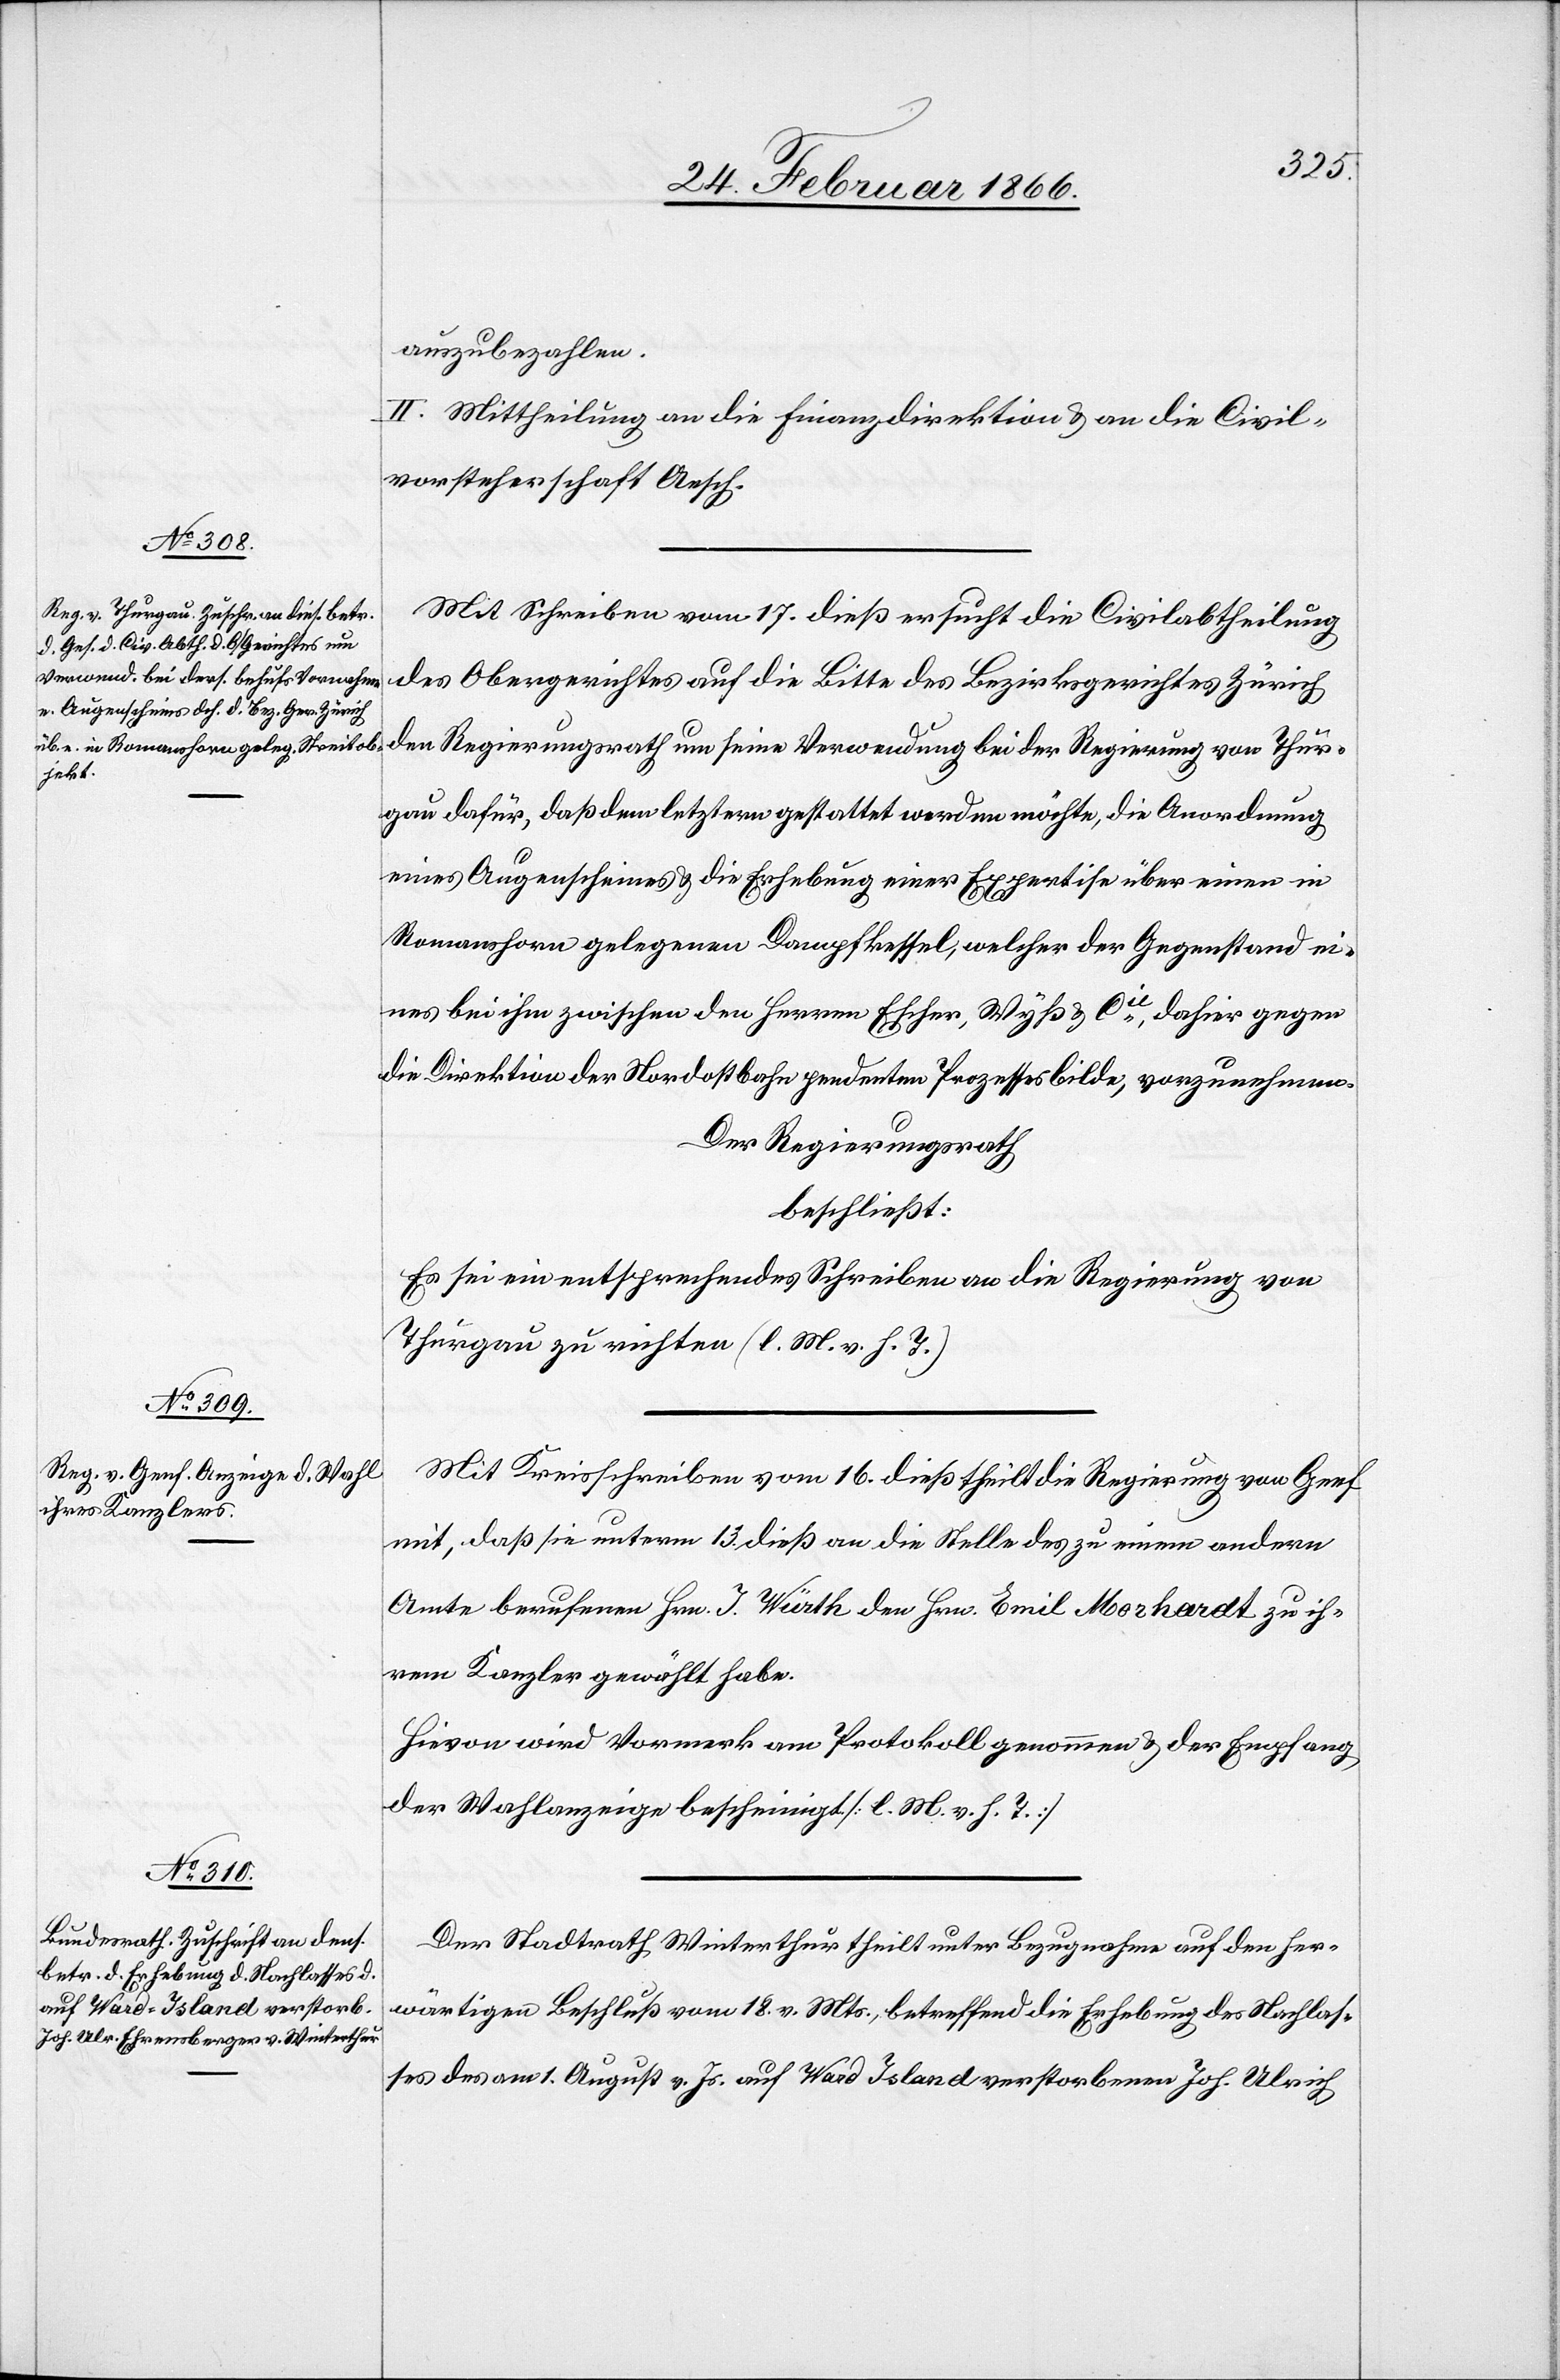
auszubezahlen.
II. Mittheilung an die Finanzdirektion & an die Civil¬
vorsteherschaft Aesch.
Mit Schreiben vom 17. dieß ersucht die Civilabtheilung
des Obergerichtes auf die Bitte des Bezirksgerichtes Zürich
den Regierungsrath um seine Verwendung bei der Regierung vom Thur¬
gau dafür, daß dem letztern gestattet werden möchte, die Anordnung
eines Augenscheines u. die Erhebung einer Expertise über einen in
Romanshorn gelegenen Dampfkessel, welcher der Gegenstand ei¬
nes bei ihm zwischen den Herrn Escher, Wyss & Cie., dahier gegen
die Direktion der Nordostbahn pendenten Prozesses bilde, vorzunehmen.
Der Regierungsrath
beschließt:
Es sei ein entsprechendes Schreiben an die Regierung von
Thurgau zu richten (l. M. v. h. T.)
Mit Kreisschreiben vom 16. dieß theilt die Regierung von Genf
mit, daß sie unterm 13. dieß an die Stelle des zu einem andern
Amte berufenen Hrn. J. Würth den Hrn. Emil Moorhardt zu ih¬
rem Kanzler gewählt habe.
Hievon wird Vormerk am Protokoll genommen u. der Empfang
der Wahlanzeige bescheinigt [l. M. v. h. T.]
Der Stadtrath Winterthur theilt unter Bezugnahme auf den her¬
wärtigen Beschluß vom 18. v. Mts., betreffend die Erhebung des Nachlas¬
ses des am 1. August v. Js. auf Ward Island verstorbenen Joh. Ulrich